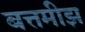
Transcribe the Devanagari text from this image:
बत्तमीझ